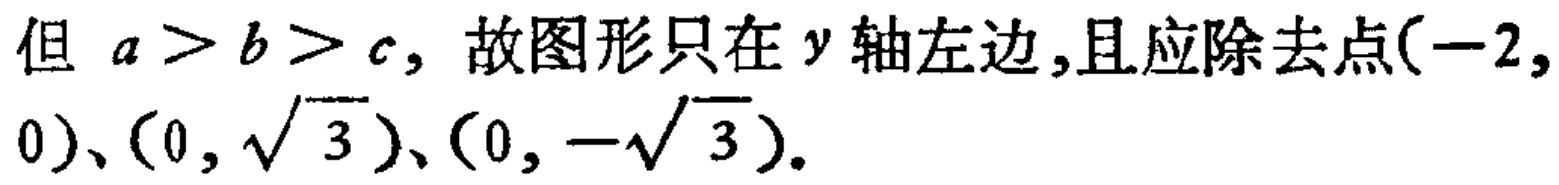
但 \(a > b > c\)，故图形只在 \(y\) 轴左边,且应除去点\((-2,0)\)、\((0,\sqrt{3})\)、\((0,-\sqrt{3})\)。